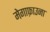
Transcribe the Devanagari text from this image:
मेगाफ़ाउना